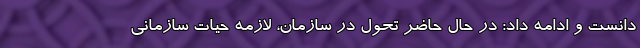
دانست و ادامه داد: در حال حاضر تحول در سازمان، لازمه حیات سازمانی